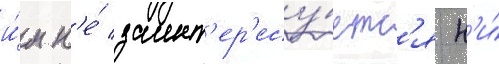
и́м н'е́ заинт'ер'есу́етс'я н'и́